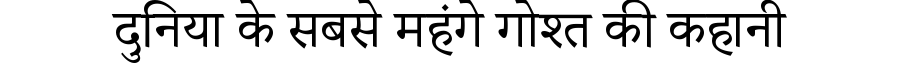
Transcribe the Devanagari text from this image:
दुनिया के सबसे महंगे गोश्त की कहानी